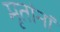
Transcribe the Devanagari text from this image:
मृतांनां